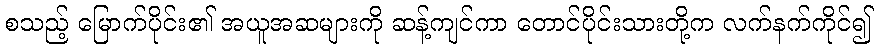
စသည့် မြောက်ပိုင်း၏ အယူအဆများကို ဆန့်ကျင်ကာ တောင်ပိုင်းသားတို့က လက်နက်ကိုင်၍